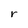
Character: r